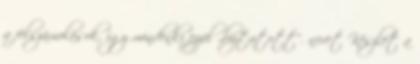
a felszámolások, így mindenki ezzel „biztatott”. nevet Készlet a